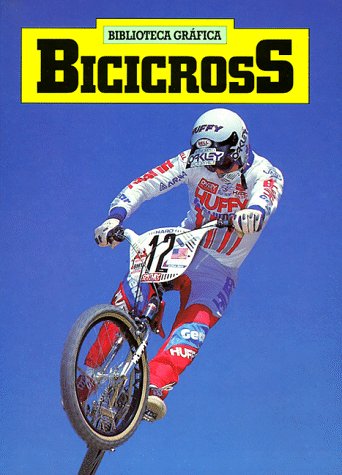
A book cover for Bicicross (Biblioteca Grafica) (Spanish Edition); Norman S. Barrett; Children's Books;